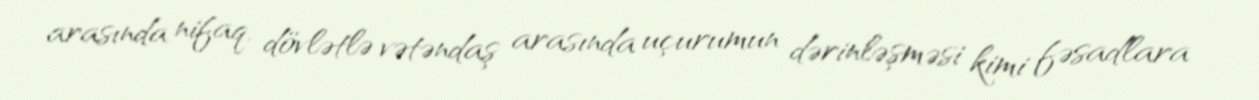
arasında nifaq, dövlətlə vətəndaş arasında uçurumun dərinləşməsi kimi fəsadlara